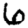
Digit: 6